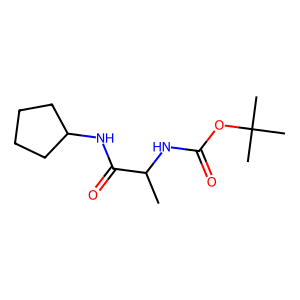
SMILES: CC(NC(=O)OC(C)(C)C)C(=O)NC1CCCC1
Inhibits HIV replication: No